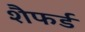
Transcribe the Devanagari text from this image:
शैफर्ड